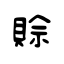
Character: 賒